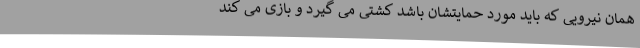
همان نیرویی که باید مورد حمایتشان باشد کشتی می گیرد و بازی می کند